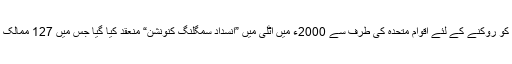
انسانی سمگلنگ اور انسانوں کے اس استحصال کو روکنے کے لئے اقوام متحدہ کی طرف سے 2000ء میں اٹلی میں ”انسداد سمگلنگ کنونشن“ منعقد کیا گیا جس میں 127 ممالک اور 137 فریقین نے تمام دنیا سے شرکت کی۔